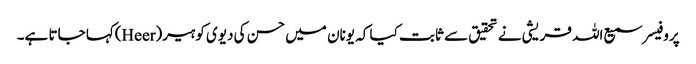
پروفیسر سمیع اللہ قریشی نے تحقیق سے ثابت کیا کہ یونان میں حسن کی دیوی کو ہیر(Heer)کہا جاتا ہے۔